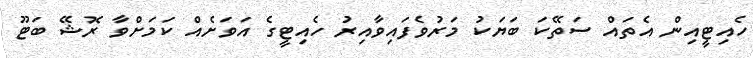
ހެއިޓީއިން އެތައް ސަތޭކަ ބަޔަކު މަރުވެފައިވާއިރު ހެއިޓީގެ އަވަށެއް ކަމަށްވާ ރޮޝޭ ބަޓޫ